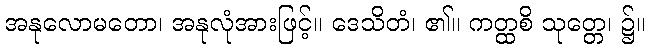
အနုလောမတော၊ အနုလုံအားဖြင့်။ ဒေသိတံ၊ ၏။ ကတ္ထစိ သုတ္တေ၊ ၌။